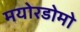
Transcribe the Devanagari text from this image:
मयोरडोमो